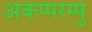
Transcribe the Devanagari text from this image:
अकप्परम्पु